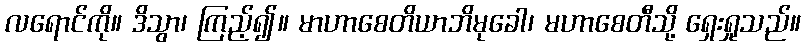
လရောင်ကို။ ဒိသွာ၊ ကြည့်၍။ မာဟာစေတိယာဘိမုခေါ၊ မဟာစေတီသို့ ရှေးရှုသည်။